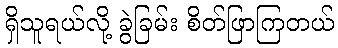
ရှိသူရယ်လို့ ခွဲခြမ်း စိတ်ဖြာကြတယ်